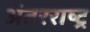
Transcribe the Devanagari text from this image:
अंतरराष्ट्र